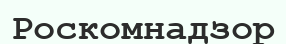
Роскомнадзор